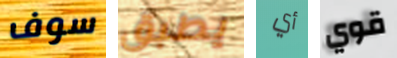
سوف يطبق أي قوي